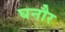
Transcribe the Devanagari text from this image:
घनौर